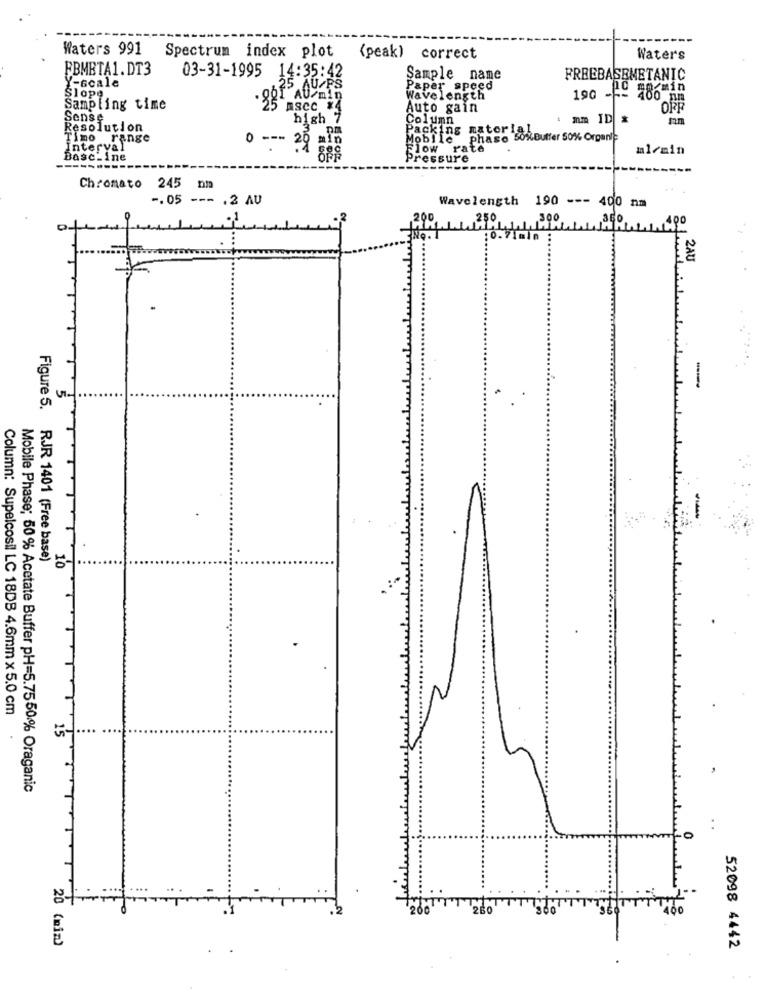
Waters 991
Spectrum index plot
(peak) correct
Waters
FBMETA1.DT3
03-31-1995
Y-scale
:35:42
Sample name
FREEBASEMETANIC
AU FS
Paper speed
Slope,
AU/min
Wavelength
190
Sampling time
ASCc x4
Auto gain
ORR
Sense
high
Column
mm ID &
Resolution
Packing natorial
Timo range
Mobile phase 50%Buffer 50% Organle
Interval
0 --- 20 min
Flow rate
ml/min
Basc-ine
Pressure
---------
Chromato 245
-. 05 --- . 2 AU
Wavelength
190 --- 400 nm
250
300
...
2AU
---
.
Figure 5.
RJR 1401 (Free base)
10
Column: Supelcosil LC 18DB 4.6mm x 5.0 cm
Mobile Phase; 50% Acetate Buffer PH=5.7550% Oraganic
260
20 (min)
.
52098 4442